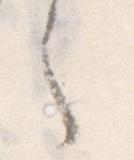
之